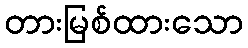
တားမြစ်ထားသော